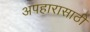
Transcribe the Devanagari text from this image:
अपहारासाठी